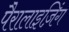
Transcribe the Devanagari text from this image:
पैरालाइज़िंग